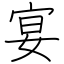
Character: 宴